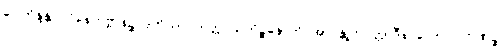
ဝေါဘိန္ဒန္တာ ဝိနေတဗ္ဗာနဉ္စ ဒုတိယာဝိဘတ္တိ သကိဉ္စနောတိ အာဂန္တုကဝတ္တာဒီနိ လောပဂ္ဂဟဏဉ္စ